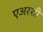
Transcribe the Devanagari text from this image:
एअरशी